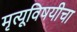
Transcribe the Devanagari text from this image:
मृत्यूविषयीचा